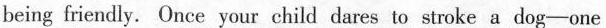
being friendly. Once your child dares to stroke adog—one